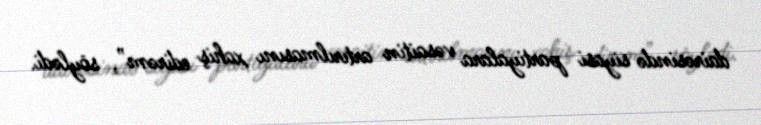
dairəsində siyasi partiyalara vəsaitin artırılmasını xahiş edirəm”, söylədi.